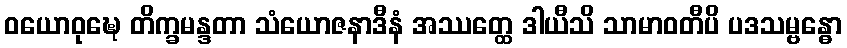
ဝယောဝုဍ္ဎေ တိက္ခမန္ဒတာ သံယောဇနာဒီနံ အဿတ္ထေ ဒါယီသိ သာမာဝတီပိ ပဒသမ္ဗန္ဓော